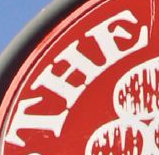
THE